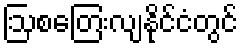
ဩစတြေးလျနိုင်ငံတွင်